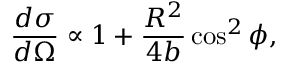
\frac { d \sigma } { d \Omega } \propto 1 + \frac { R ^ { 2 } } { 4 b } \cos ^ { 2 } \phi ,